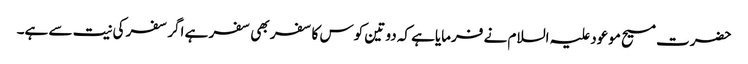
حضرت مسیح موعود علیہ السلام نے فرمایاہے کہ دو تین کوس کا سفر بھی سفر ہے اگر سفر کی نیت سے ہے۔